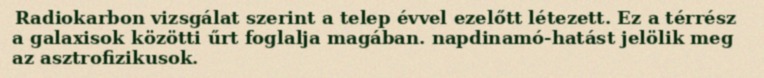
Radiokarbon vizsgálat szerint a telep évvel ezelőtt létezett. Ez a térrész a galaxisok közötti űrt foglalja magában. napdinamó-hatást jelölik meg az asztrofizikusok.